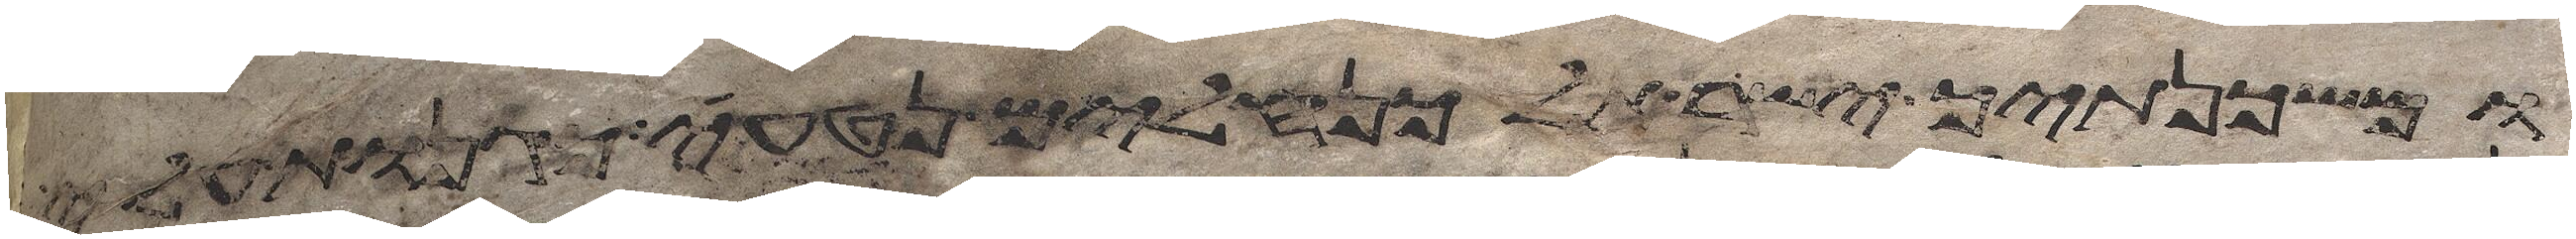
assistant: ומשכנתיך ישראל כנחלים נטוי כגנות עלי